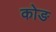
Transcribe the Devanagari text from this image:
कोङ